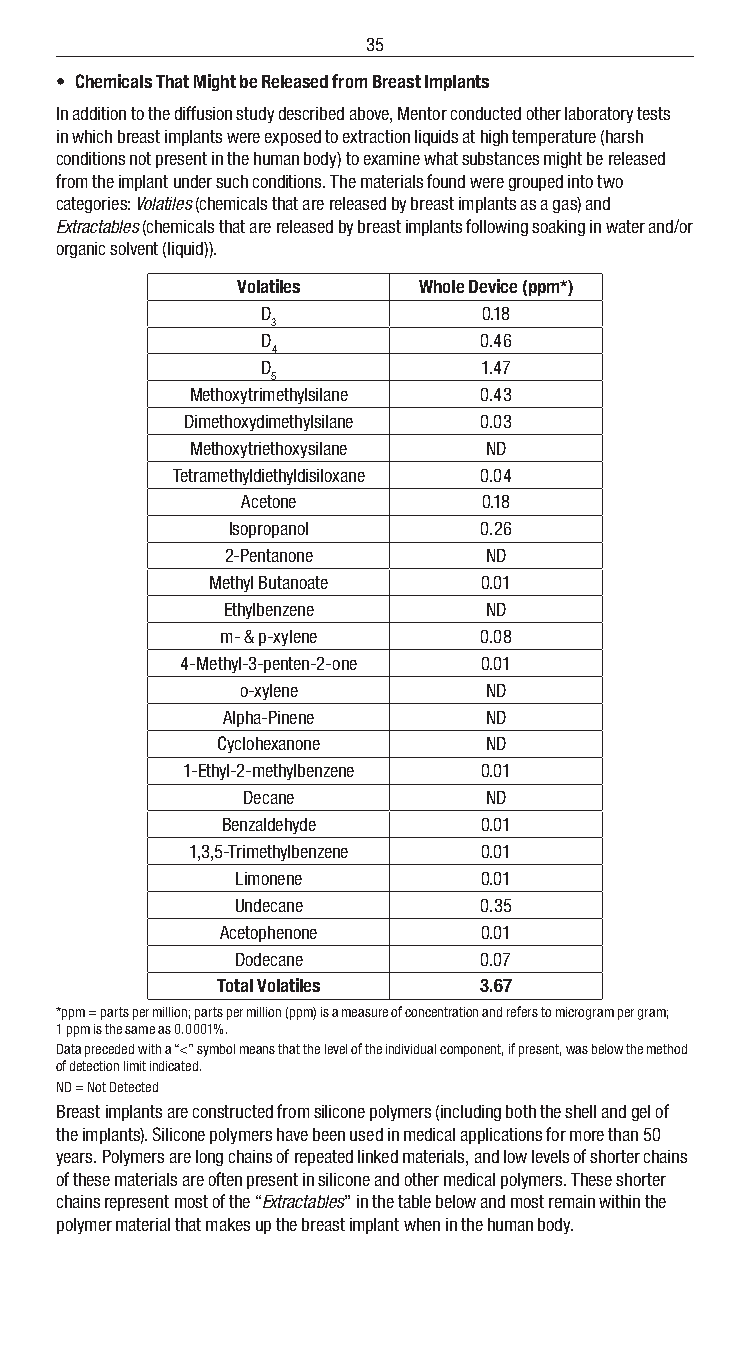
35
 • Chemicals That Might be Released from Breast Implants
 In addition to the diffusion study described above, Mentor conducted other laboratory tests
 in which breast implants were exposed to extraction liquids at high temperature (harsh
 conditions not present in the human body) to examine what substances might be released
 from the implant under such conditions. The materials found were grouped into two
 categories: Volatiles (chemicals that are released by breast implants as a gas) and
 Extractables (chemicals that are released by breast implants following soaking in water and/or
 organic solvent (liquid)).
 Volatiles   Whole Device (ppm*)
 D              0.18
 3
 D              0.46
 4
 D              1.47
 5
 Methoxytrimethylsilane 0.43
 Dimethoxydimethylsilane 0.03
 Methoxytriethoxysilane ND
 Tetramethyldiethyldisiloxane 0.04
 Acetone         0.18
 Isopropanol      0.26
 2-Pentanone      ND
 Methyl Butanoate  0.01
 Ethylbenzene     ND
 m- & p-xylene    0.08
 4-Methyl-3-penten-2-one 0.01
 o-xylene        ND
 Alpha-Pinene     ND
 Cyclohexanone     ND
 1-Ethyl-2-methylbenzene 0.01
 Decane          ND
 Benzaldehyde     0.01
 1,3,5-Trimethylbenzene 0.01
 Limonene        0.01
 Undecane        0.35
 Acetophenone     0.01
 Dodecane        0.07
 Total Volatiles   3.67
 *ppm = parts per million; parts per million (ppm) is a measure of concentration and refers to microgram per gram;
 1 ppm is the same as 0.0001%.
 Data preceded with a “<” symbol means that the level of the individual component, if present, was below the method
 of detection limit indicated.
 ND = Not Detected
 Breast implants are constructed from silicone polymers (including both the shell and gel of
 the implants). Silicone polymers have been used in medical applications for more than 50
 years. Polymers are long chains of repeated linked materials, and low levels of shorter chains
 of these materials are often present in silicone and other medical polymers. These shorter
 chains represent most of the “Extractables” in the table below and most remain within the
 polymer material that makes up the breast implant when in the human body.